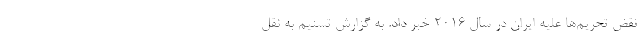
نقض تحریم‌ها علیه ایران در سال ۲۰۱۶ خبر داد. به گزارش تسنیم به نقل